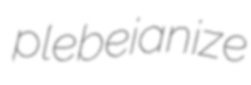
plebeianize